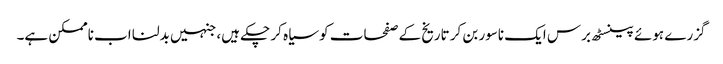
گزرے ہوئے پینسٹھ برس ایک ناسور بن کر تاریخ کے صفحات کو سیاہ کر چکے ہیں، جنہیں بدلنا اب ناممکن ہے۔